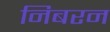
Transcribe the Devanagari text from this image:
निबरन